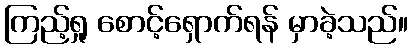
ကြည့်ရှု စောင့်ရှောက်ရန် မှာခဲ့သည်။